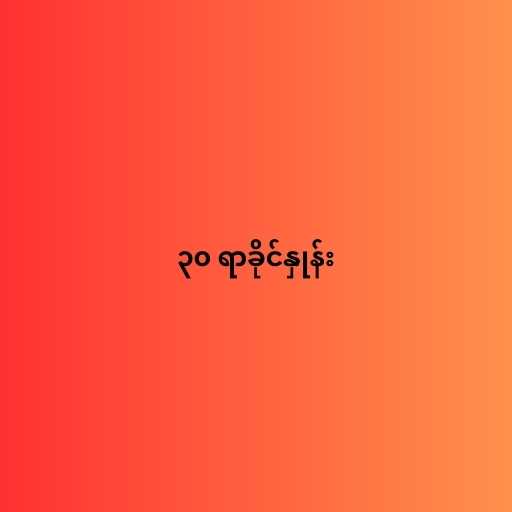
၃၀ ရာခိုင်နှုန်း